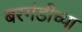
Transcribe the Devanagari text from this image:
बरगंडीच्या